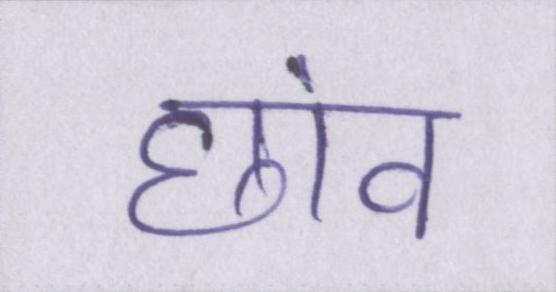
छांव